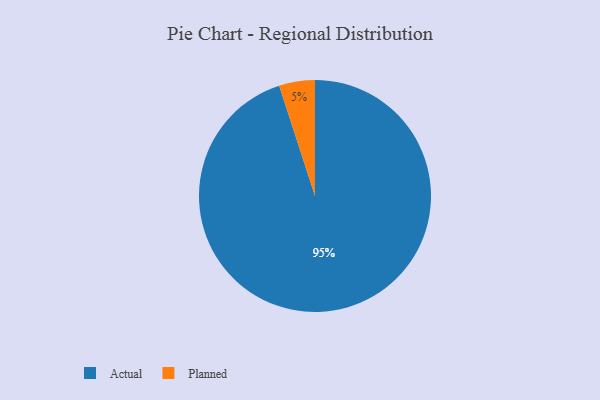
{"axis": {"x": "Category", "y": "Percentage"}, "legend": ["Actual", "Planned"], "data": [{"x": "Actual", "y": 95, "type": "Actual"}, {"x": "Planned", "y": 5, "type": "Planned"}]}